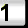
Digit: 1